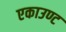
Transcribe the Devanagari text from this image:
एकाउण्ट